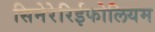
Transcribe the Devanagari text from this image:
सिनेरेरिईफोलियम